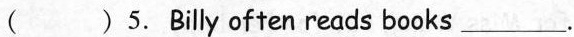
( )5.Billy often reads books ___.